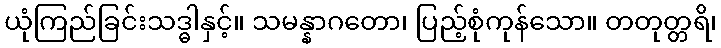
ယုံကြည်ခြင်းသဒ္ဓါနှင့်။ သမန္နာဂတော၊ ပြည့်စုံကုန်သော။ တတုတ္တရိ၊